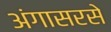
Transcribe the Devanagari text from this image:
अंगासरसे